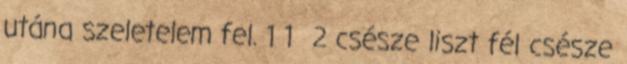
utána szeletelem fel. 1 1 2 csésze liszt fél csésze